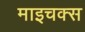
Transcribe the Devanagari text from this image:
माइचक्स